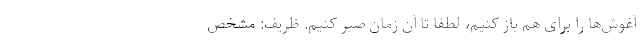
آغوش‌ها را برای هم باز کنیم، لطفا تا آن زمان صبر کنیم. ظریف: مشخص